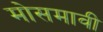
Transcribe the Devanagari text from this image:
मोसमावी